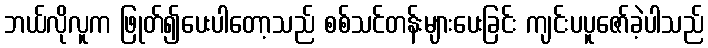
ဘယ်လိုလူက ဖြုတ်၍ပေးပါတော့သည် စစ်သင်တန်းများပေးခြင်း ကျင်းပပူဇော်ခဲ့ပါသည်